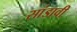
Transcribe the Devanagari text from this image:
सांडावी